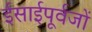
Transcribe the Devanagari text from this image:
ईसाईपूर्वजों